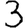
Digit: 3